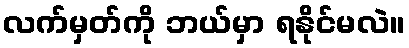
လက်မှတ်ကို ဘယ်မှာ ရနိုင်မလဲ။